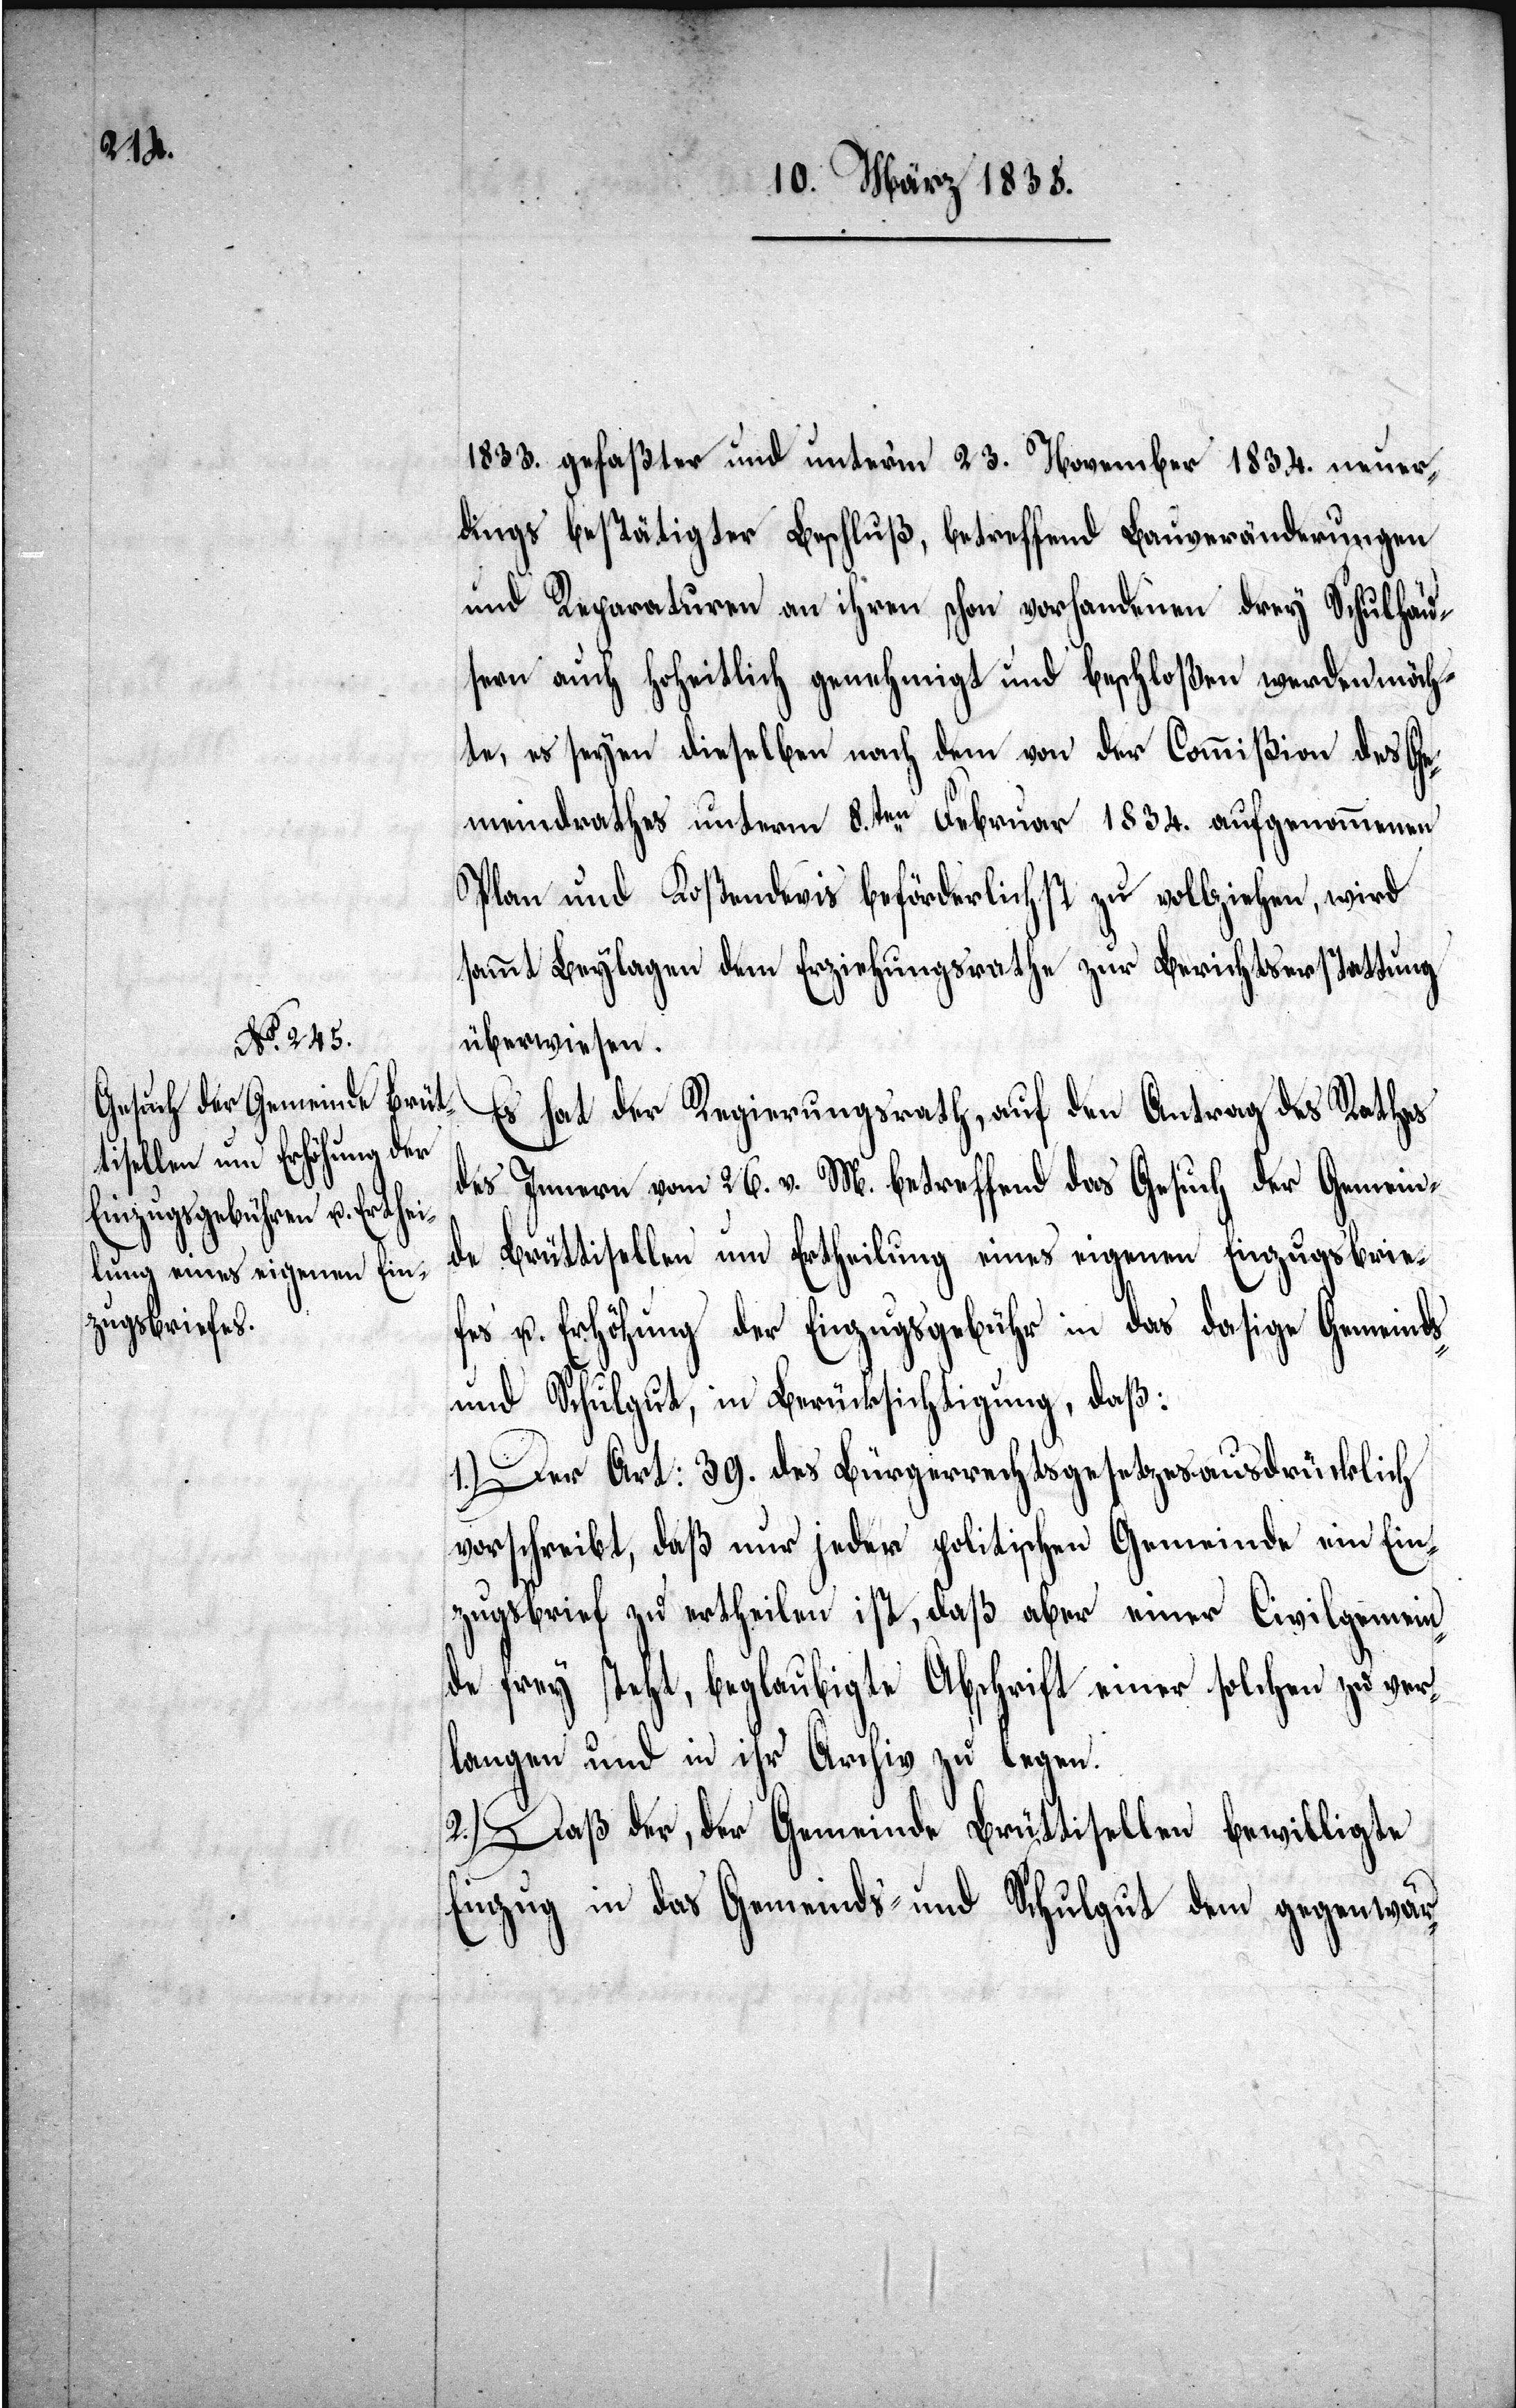
1833. gefaßter und unterm 23. November 1834. neuer¬
dings bestätigter Beschluß, betreffend Bauveränderungen
und Reparaturen an ihren schon vorhandenen drey Schulhäu¬
sern auch hoheitlich genehmigt und beschloßen werden möch¬
te, es seyen dieselben nach dem von der Commißion des Ge¬
meindrathes unterm 8.ten Februar 1834. aufgenommenen
Plan und Kostendevis beförderlichst zu vollziehen, wird
sammt Beylagen dem Erziehungsrathe zur Berichtserstattung
überwiesen.
Es hat der Regierungsrath, auf den Antrag des Rathes
des Innern vom 26. v. M. betreffend das Gesuch der Gemein¬
de Brüttisellen um Ertheilung eines eigenen Einzugsbrie¬
fes u. Erhöhung der Einzugsgebühr in das dasige Gemeinds-
und Schulgut, in Berücksichtigung, daß:
1.) Der Art: 39. des Bürgerrechtsgesetzes ausdrücklich
vorschreibt, daß nur jeder politischen Gemeinde ein Ein¬
zugsbrief zu ertheilen ist, daß aber einer Civilgemein¬
de frey steht, beglaubigte Abschrift einer solchen zu ver¬
langen und in ihr Archiv zu legen.
2.) Daß der, der Gemeinde Brüttisellen bewilligte
Einzug in das Gemeinds- und Schulgut dem gegenwär-